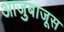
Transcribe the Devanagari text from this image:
आजुबाजूस